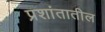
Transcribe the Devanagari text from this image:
प्रशांतातील